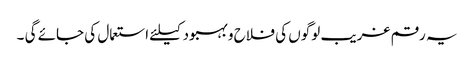
یہ رقم غریب لوگوں کی فلاح و بہبود کیلئے استعمال کی جائے گی ۔